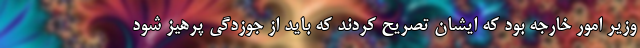
وزیر امور خارجه بود که ایشان تصریح کردند که باید از جوزدگی پرهیز شود